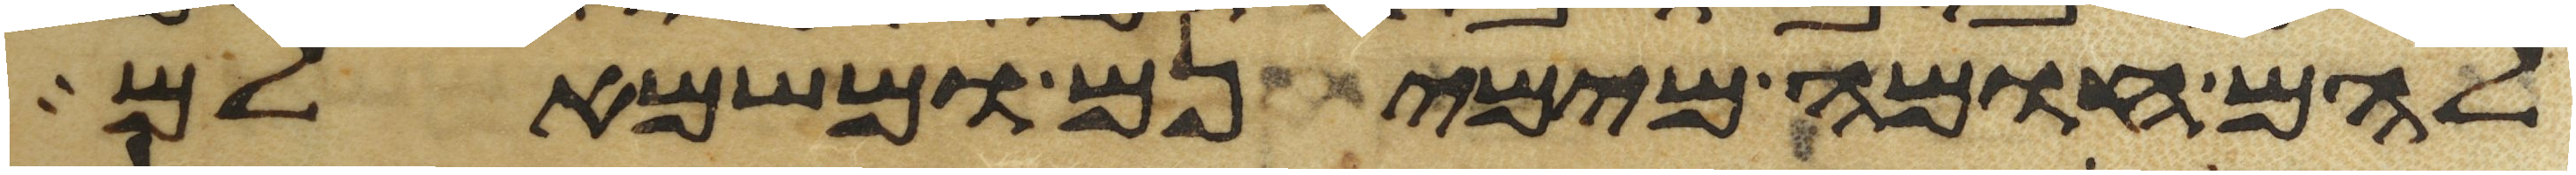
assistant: להם חומה מימינם ומשמאלם